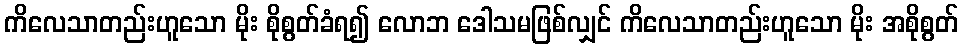
ကိလေသာတည်းဟူသော မိုး စိုစွတ်ခံရ၍ လောဘ ဒေါသမဖြစ်လျှင် ကိလေသာတည်းဟူသော မိုး အစိုစွတ်